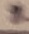
Text: 2